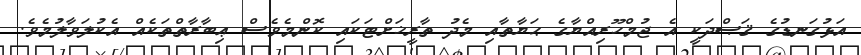
އަޅުގަނޑުގެ ޤަޞްދަކީ އެ ޖުމްހޫރިއްޔާގެ ޙަޔާތާއި މެދު ތާރީޚަށްޓަކައި ކޮންމެވެސް ޢިބާރާތްތަކެއް އެކުލަވާލުމެވެ.